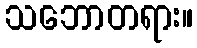
သဘောတရား။